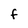
Character: F